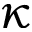
\kappa